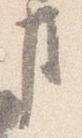
事